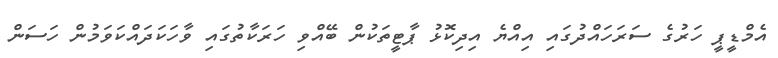
އެމްޑީޕީ ހަރުގެ ސަރަހައްދުގައި އިއްޔެ އިދިކޮޅު ޕާޓީތަކުން ބޭއްވި ހަރަކާތުގައި ވާހަކަދައްކަވަމުން ހަސަން